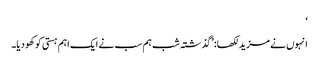
‘
انہوں نے مزید لکھا: ’گذشتہ شب ہم سب نے ایک اہم ہستی کو کھو دیا۔